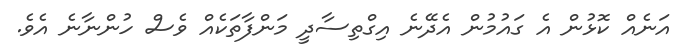
އަނެއް ކޮޅުން އެ ގައުމުން އެދޭނެ އިގްތިސާދީ މަންފާތަކެއް ވެސް ހުންނާނެ އެވެ.